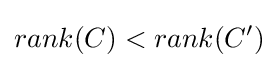
rank(C)<rank(C')